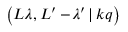
\left( L \lambda , L ^ { \prime } - \! \lambda ^ { \prime } \, | \, k q \right)